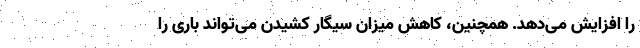
را افزایش می‌دهد. همچنین، کاهش میزان سیگار کشیدن می‌تواند باری را